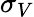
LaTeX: \sigma_{V}